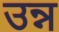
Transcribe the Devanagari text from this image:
उन्न